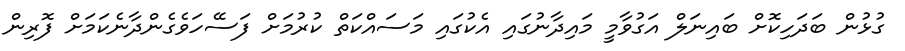
ގުޅުން ބަދަހިކޮށް ބައިނަލް އަގުވާމީ މައިދާނުގައި އެކުގައި މަސައްކަތް ކުރުމަށް ފަސޭހަވެގެންދާނެކަމަށް ފޮރިން